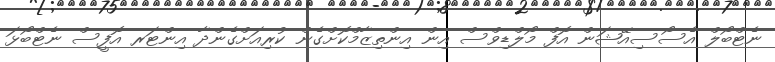
ނެޓްބޯލް އެސޯސިއޭޝަން އޮފް މޯލްޑިވްސް އިން އިންތިޒާމްކޮށްގެން ކުރިއަށްގެންދާ އިންޓަރ އޮފީސް ނެޓްބޯޅަ